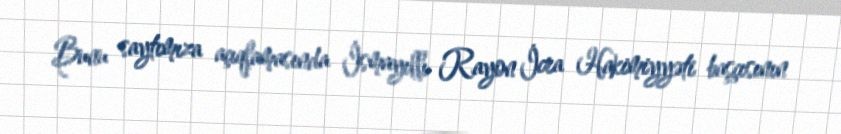
Bunu saytımıza açıqlamasında İsmayıllı Rayon İcra Hakimiyyəti başçısının